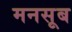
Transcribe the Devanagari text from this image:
मनसूब